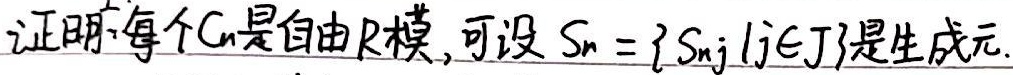
证明：每个$C_n$是自由$R$模，可设$S_n = \{s_{nj}\mid j\in J\}$是生成元。